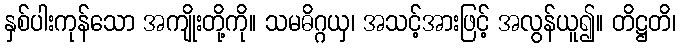
နှစ်ပါးကုန်သော အကျိုးတို့ကို။ သမဓိဂ္ဂယှ၊ အသင့်အားဖြင့် အလွန်ယူ၍။ တိဋ္ဌတိ၊